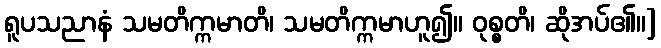
ရူပသညာနံ သမတိက္ကမာတိ၊ သမတိက္ကမာဟူ၍။ ဝုစ္စတိ၊ ဆိုအပ်၏။]